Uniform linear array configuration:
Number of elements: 48
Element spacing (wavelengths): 1
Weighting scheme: binomial
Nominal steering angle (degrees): -60
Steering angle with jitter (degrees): -61.427
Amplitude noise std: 0.05
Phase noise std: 0.05

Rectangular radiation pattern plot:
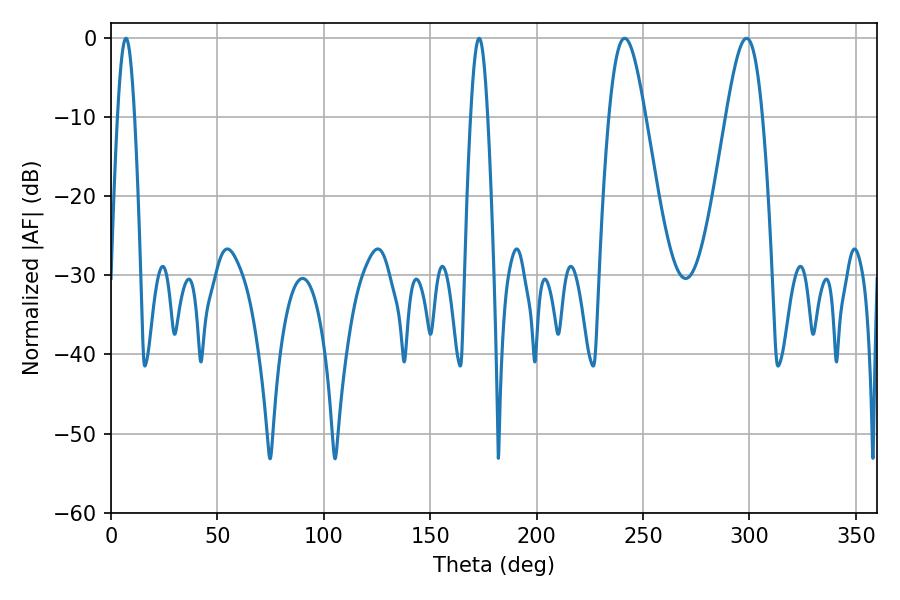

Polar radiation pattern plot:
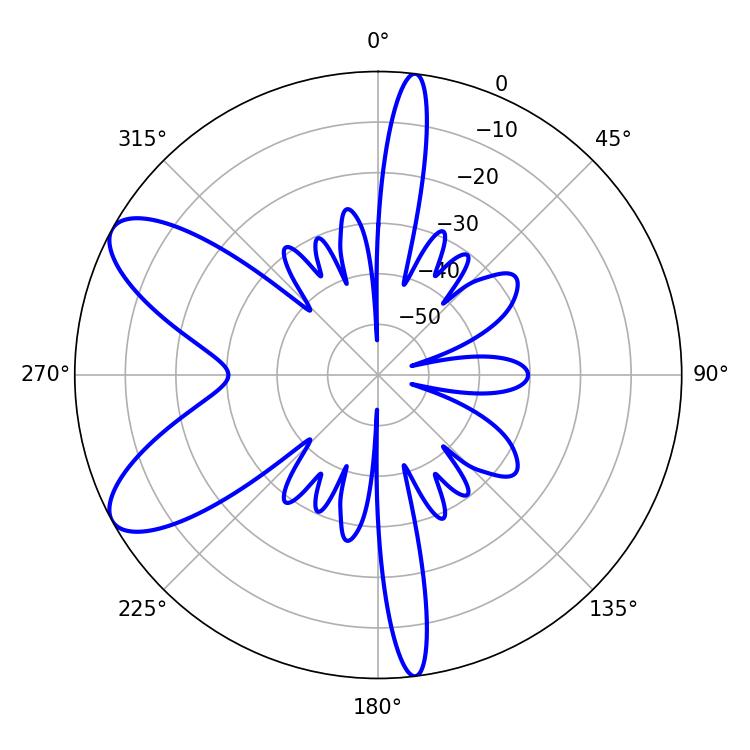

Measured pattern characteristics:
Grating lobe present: TRUE
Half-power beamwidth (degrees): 4.32
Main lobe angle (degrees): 7.02